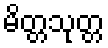
မိတ္တသုတ္တ